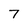
Character: 7